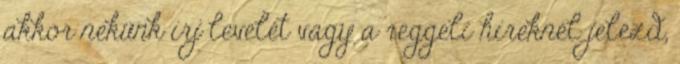
akkor nekünk írj levelet vagy a reggeli híreknél jelezd,